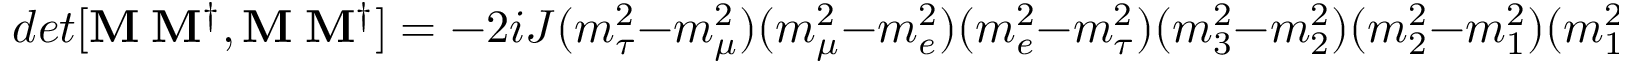
d e t [ { \bf M _ { \ell } M _ { \ell } ^ { \dagger } , M _ { \nu } M _ { \nu } ^ { \dagger } } ] = - 2 i J ( m _ { \tau } ^ { 2 } - m _ { \mu } ^ { 2 } ) ( m _ { \mu } ^ { 2 } - m _ { e } ^ { 2 } ) ( m _ { e } ^ { 2 } - m _ { \tau } ^ { 2 } ) ( m _ { 3 } ^ { 2 } - m _ { 2 } ^ { 2 } ) ( m _ { 2 } ^ { 2 } - m _ { 1 } ^ { 2 } ) ( m _ { 1 } ^ { 2 } - m _ { 3 } ^ { 2 } ) ,